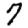
Digit: 7